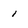
Character: i